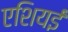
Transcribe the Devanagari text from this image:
एशियई